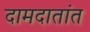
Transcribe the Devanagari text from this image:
दामदातांत